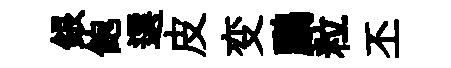
銀飽選皮变鸝粒丕